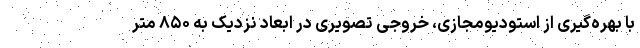
با بهره‌گیری از استودیومجازی، خروجی تصویری در ابعاد نزدیک به ۸۵۰ متر